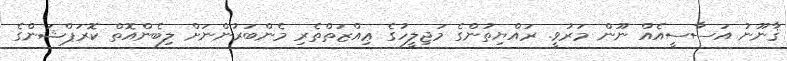
ޤާނޫނު އަސާސީއެއް ނޫން މަރުވީ. ރައްޔިތުންގެ މަޖިލީހުގެ ޢިއްޒަތްތެރި މެންބަރުންނަށް ލިބެންއޮތް ކޮރަޕްޝަންގެ